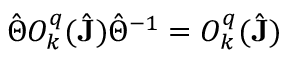
\hat { \Theta } O _ { k } ^ { q } ( \hat { \mathbf { J } } ) \hat { \Theta } ^ { - 1 } = O _ { k } ^ { q } ( \hat { \mathbf { J } } )